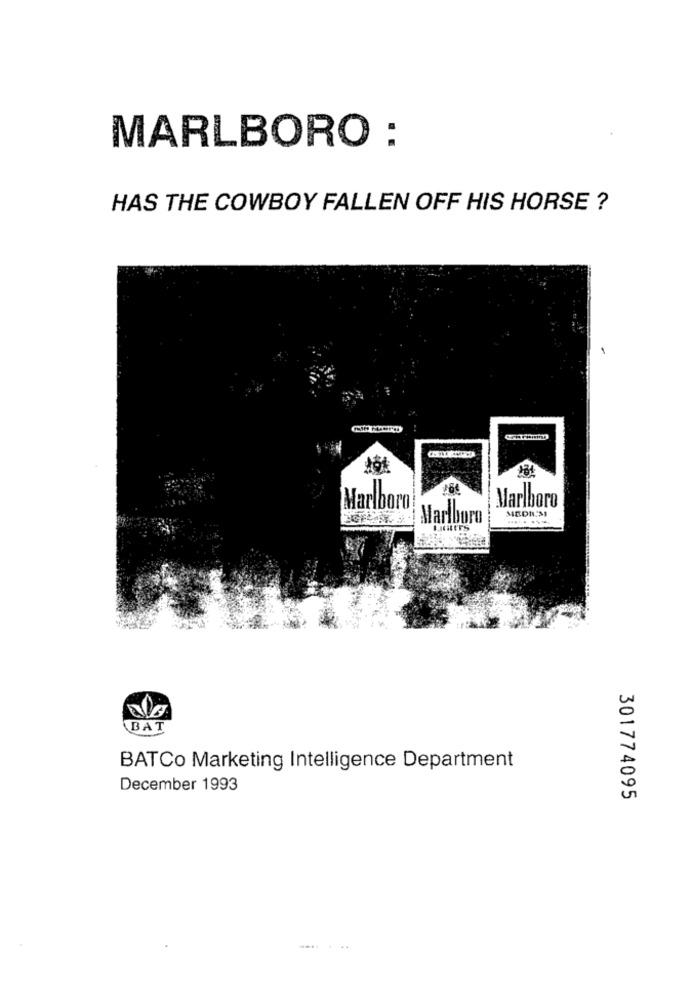
MARLBORO :
HAS THE COWBOY FALLEN OFF HIS HORSE ?
131
Marlboro
Marlboro
MEDIUM
Marlboro
..... ...
BAT
BATCo Marketing Intelligence Department
December 1993
301774095